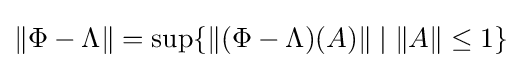
\|\Phi -\Lambda \|=\sup\{\|(\Phi -\Lambda )(A)\|\;|\;\|A\|\leq 1\}